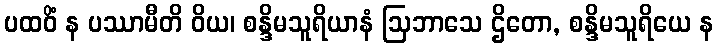
ပထဝိံ န ပဿာမီတိ ဝိယ၊ စန္ဒိမသူရိယာနံ ဩဘာသေ ဌိတော, စန္ဒိမသူရိယေ န